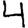
Digit: 4